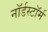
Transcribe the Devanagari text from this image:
नॉर्डस्टॉर्म